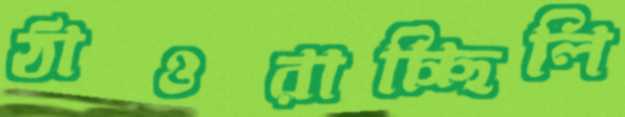
ঠাওরাচ্ছিলি